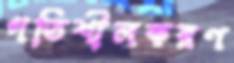
গতিশীলকরণ